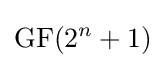
\operatorname {GF} (2^{n}+1)